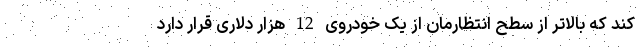
کند که بالاتر از سطح انتظارمان از یک خودروی 12 هزار دلاری قرار دارد